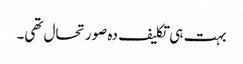
بہت ہی تکلیف دہ صورتحال تھی۔